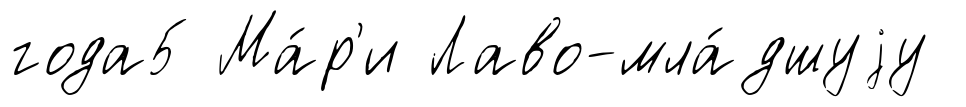
года5 Ма́р'и Лаво-мла́дшуjу